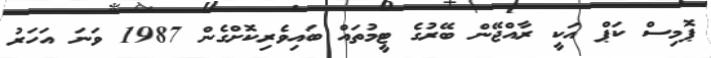
ޕޮމިސް ކަޕް އަކީ ރާއްޖޭން ބޭރުގެ ޓީމުތައް ބައިވެރިކޮށްގެން 1987 ވަނަ އަހަރު